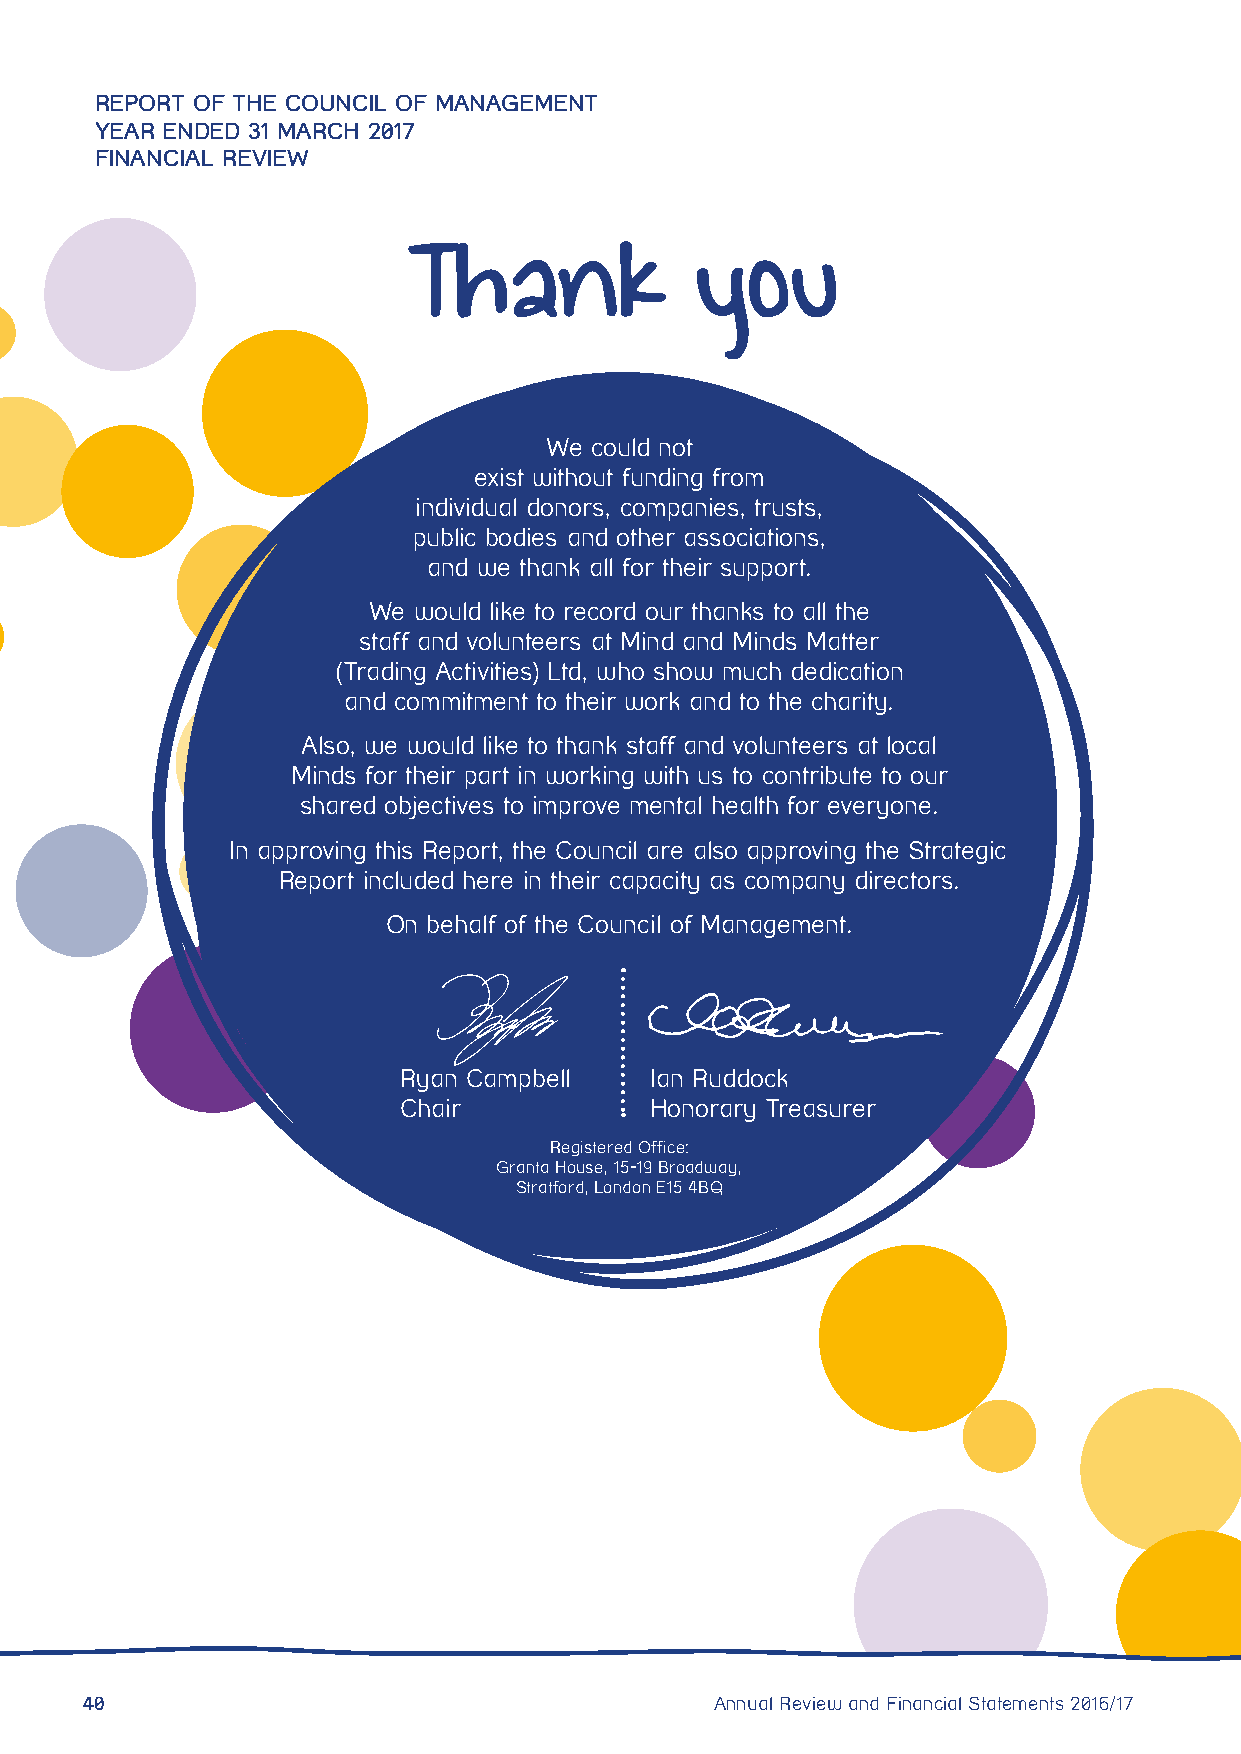
REPORT OF THE COUNCIL OF MANAGEMENT
 YEAR ENDED 31 MARCH 2017
 FINANCIAL REVIEW
 Thank              you
 We could not
 exist without funding from
 individual donors, companies, trusts,
 public bodies and other associations,
 and we thank all for their support.
 We would like to record our thanks to all the
 staff and volunteers at Mind and Minds Matter
 (Trading Activities) Ltd, who show much dedication
 and commitment to their work and to the charity.
 Also, we would like to thank staff and volunteers at local
 Minds for their part in working with us to contribute to our
 shared objectives to improve mental health for everyone.
 In approving this Report, the Council are also approving the Strategic
 Report included here in their capacity as company directors.
 On behalf of the Council of Management.
 Ryan Campbell    Ian Ruddock
 Chair            Honorary Treasurer
 Registered Office:
 Granta House, 15-19 Broadway,
 Stratford, London E15 4BQ
 40                                        Annual Review and Financial Statements 2016/17